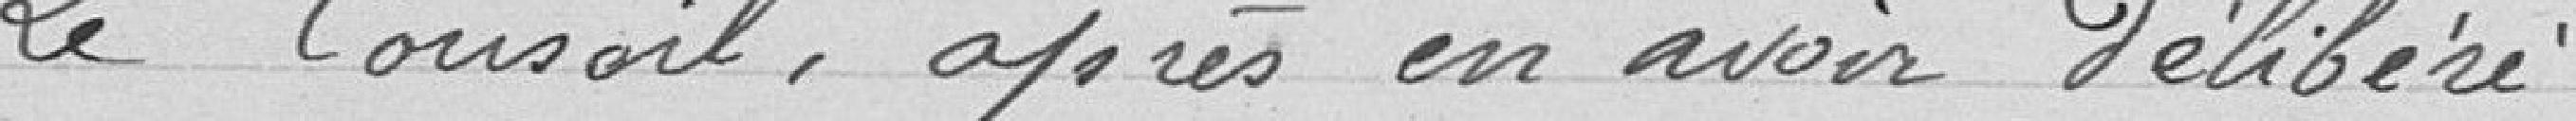
Le conseil, après en avoir délibéré,